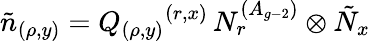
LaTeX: \tilde{n}_{(\rho,y)}=Q_{(\rho,y)}{}^{(r,x)}\, N_{r}^{(A_{g-2})}\otimes\tilde{N}_{x}